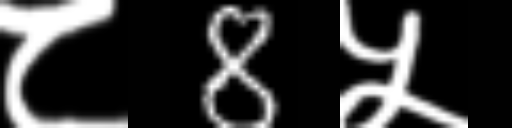
Text: ८8५